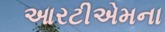
આરટીએમના